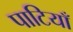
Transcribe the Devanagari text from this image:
पाटियाँ